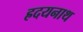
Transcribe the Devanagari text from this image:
ह्रदयनाथ